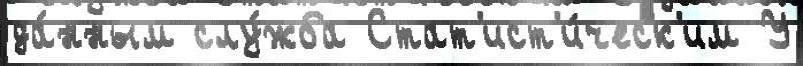
да́нным слу́жба Стат'ист'и́ческ'им У